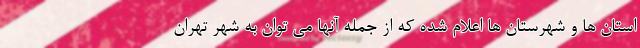
استان ها و شهرستان ها اعلام شده که از جمله آنها می توان به شهر تهران